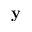
\mathbf { y }